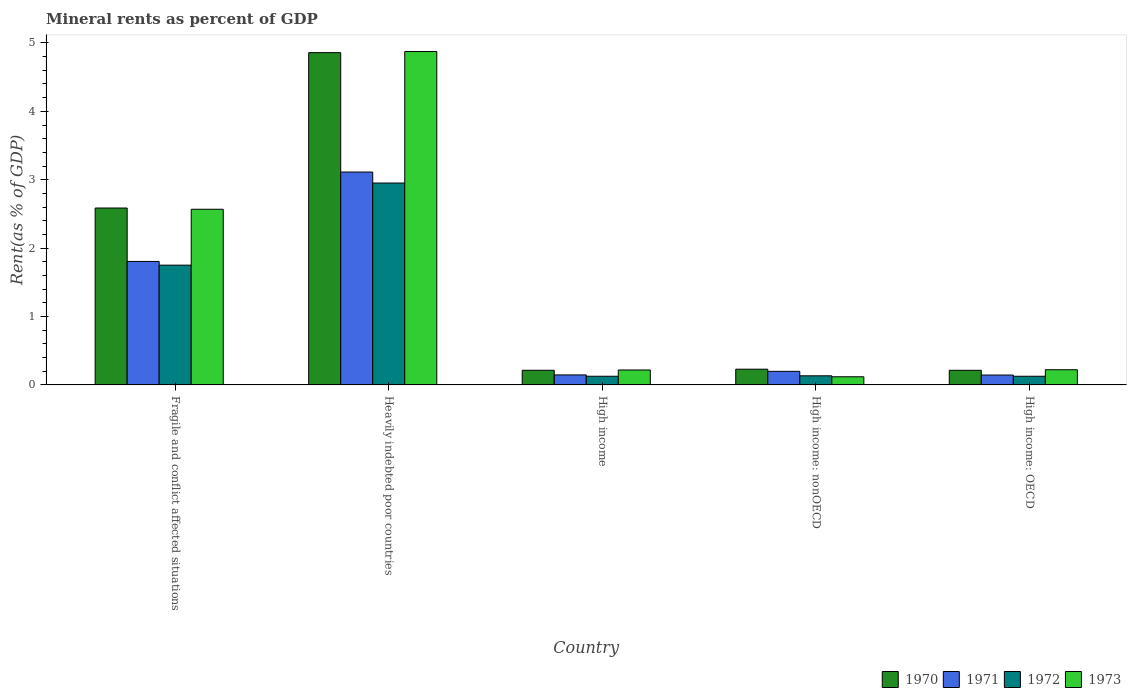
| Country | 1970 | 1971 | 1972 | 1973 |
 | --- | --- | --- | --- | --- |
 | Fragile and conflict affected situations | 2.59 | 1.81 | 1.75 | 2.57 |
 | Heavily indebted poor countries | 4.86 | 3.11 | 2.95 | 4.87 |
 | High income | 0.214 | 0.146 | 0.127 | 0.218 |
 | High income: nonOECD | 0.23 | 0.199 | 0.133 | 0.119 |
 | High income: OECD | 0.214 | 0.144 | 0.126 | 0.222 |